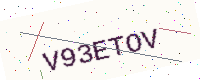
Text: V93ETOV